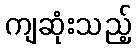
ကျဆုံးသည့်